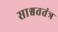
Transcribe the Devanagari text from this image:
साश्वततंत्र